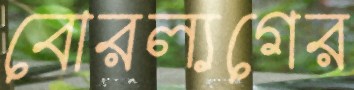
বোরল্যগের